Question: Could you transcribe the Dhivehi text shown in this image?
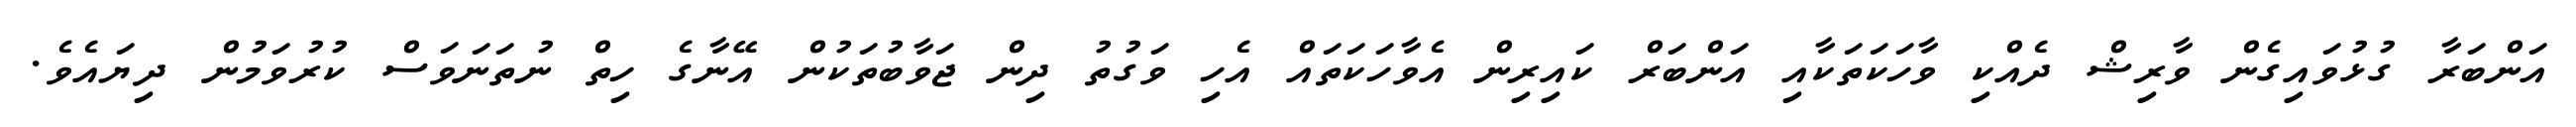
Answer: އަންބަރާ ގުޅުވައިގެން ވާރިޝް ދެއްކި ވާހަކަތަކާއި އަންބަރް ކައިރިން އެވާހަކަތައް އެހި ވަގުތު ދިން ޖަވާބުތަކުން އޭނާގެ ހިތް ނުތަނަވަސް ކުރުވަމުން ދިޔައެވެ.